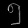
Digit: ၅